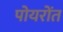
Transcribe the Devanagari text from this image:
पोयरोंत